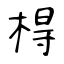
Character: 棏